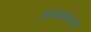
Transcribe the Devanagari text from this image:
लायसेंन्स